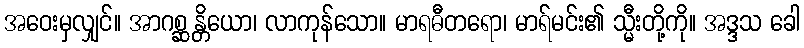
အဝေးမှလျှင်။ အာဂစ္ဆန္တိယော၊ လာကုန်သော။ မာရဓီတရော၊ မာရ်မင်း၏ သ္မီးတို့ကို။ အဒ္ဒသ ခေါ